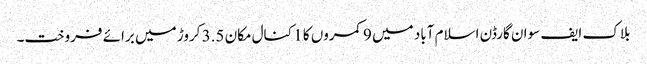
بلاک ایف سوان گارڈن اسلام آباد میں 9 کمروں کا 1 کنال مکان 3.5 کروڑ میں برائے فروخت۔